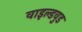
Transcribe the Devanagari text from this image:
वाइल्डवुड